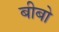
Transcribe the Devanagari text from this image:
बीबो